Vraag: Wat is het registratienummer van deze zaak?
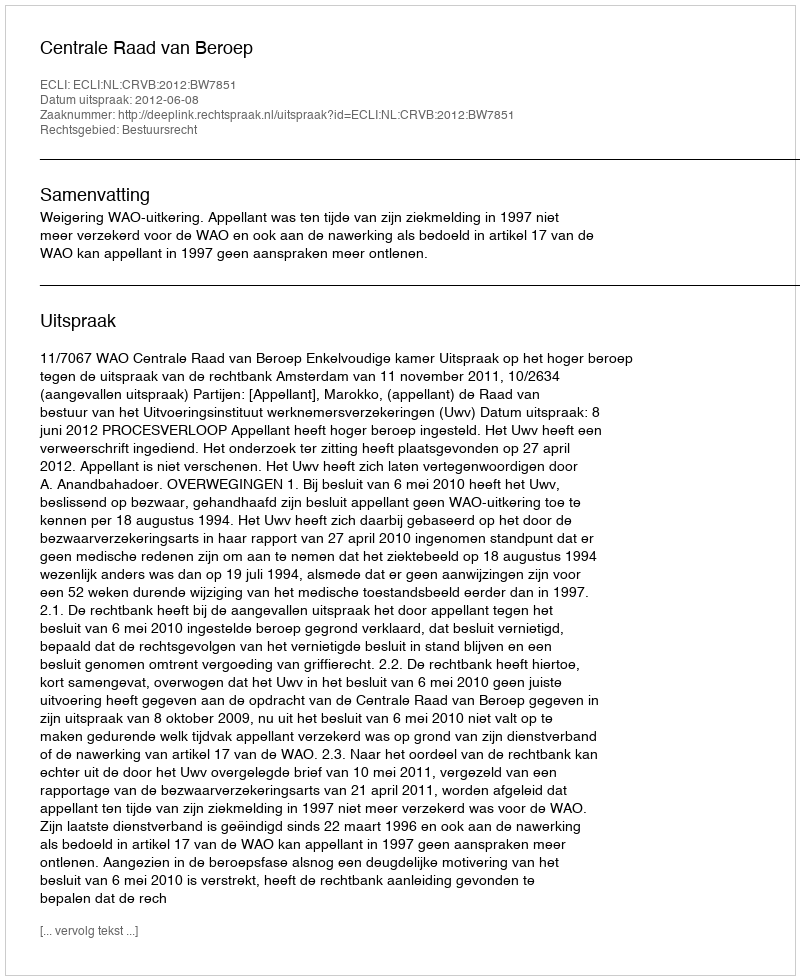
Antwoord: http://deeplink.rechtspraak.nl/uitspraak?id=ECLI:NL:CRVB:2012:BW7851